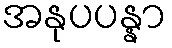
အနုပပန္နာ